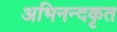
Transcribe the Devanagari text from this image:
अभिनन्दकृत